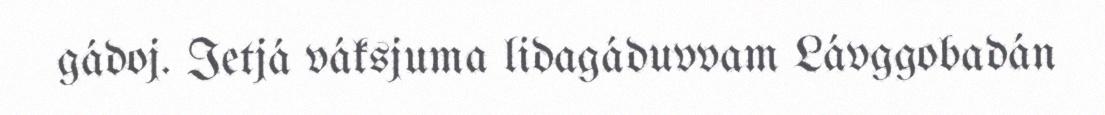
gádoj. Ietjá váksjuma lidagáduvvam Lávggobadán